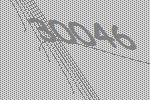
30046